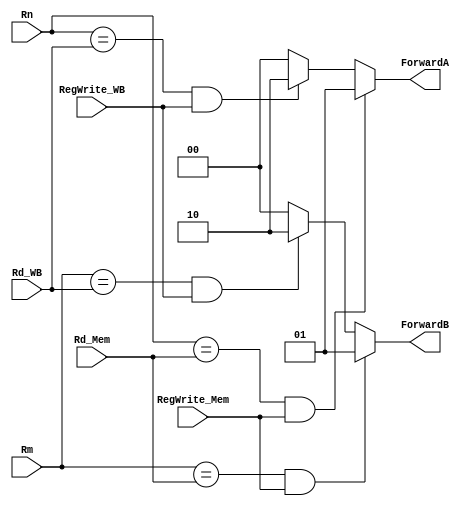
`timescale 1ns / 1ps

module Forwarding_Unit (
  input [4:0] Rn,
  input [4:0] Rm,
  input [4:0] Rd_Mem,
  input [4:0] Rd_WB,
  input RegWrite_Mem,
  input RegWrite_WB,
  output reg [1:0] ForwardA,
  output reg [1:0] ForwardB
);
  always@(Rn, Rm, Rd_Mem, Rd_WB, RegWrite_WB, RegWrite_Mem)
  begin
    if (Rn == Rd_Mem & (RegWrite_Mem=='b1))
      ForwardA <= 'b01;
    else
      if (Rn == Rd_WB & (RegWrite_WB=='b1))
			ForwardA <= 'b10;
      else
			ForwardA <= 'b00;
    if (Rm == Rd_Mem & (RegWrite_Mem=='b1))
        ForwardB <= 'b01;
      else
        if (Rm == Rd_WB & (RegWrite_WB=='b1))
			ForwardB <= 'b10;
        else
			ForwardB <= 'b00;
  end
endmodule